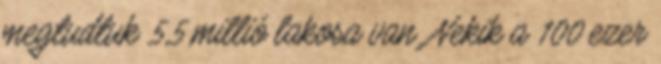
megtudtuk 5,5 millió lakosa van. Nekik a 100 ezer